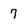
Character: 7